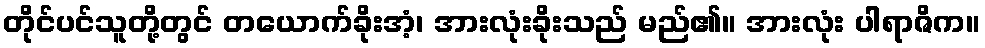
တိုင်ပင်သူတို့တွင် တယောက်ခိုးအံ့၊ အားလုံးခိုးသည် မည်၏။ အားလုံး ပါရာဇိက။